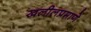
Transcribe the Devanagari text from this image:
खलीलप्रमाणे